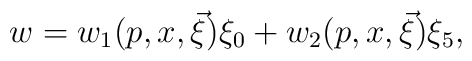
w=w_{1}(p,x,\vec{\xi})\xi _{0}+w_{2}(p,x,\vec{\xi})\xi _{5},